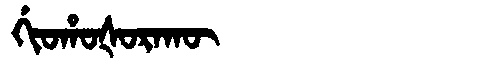
Manchu: ᡤᡳᠣᡥᠣᡧᠣᡵᠠᡴᡡ
Romanization: GIOHOŠORAKŪ